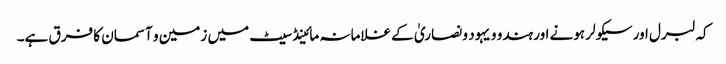
کہ لبرل اور سیکولر ہونے اور ہندو و یہود و نصاریٰ کے غلامانہ مائینڈ سیٹ میں زمین و آسمان کا فرق ہے۔